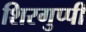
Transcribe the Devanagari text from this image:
शिरगुप्पी